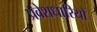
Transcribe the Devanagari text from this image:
प्रवेशधारियों